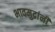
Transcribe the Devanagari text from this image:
भावमुद्रांनी